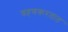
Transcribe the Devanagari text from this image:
ग्रहणकरतात